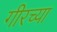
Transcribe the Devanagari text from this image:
गीरच्या